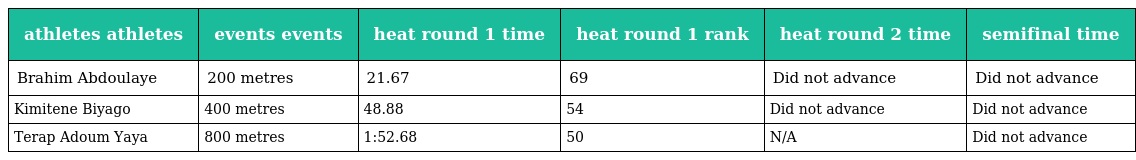
| athletes athletes | events events | heat round 1 time | heat round 1 rank | heat round 2 time | semifinal time |
 | --- | --- | --- | --- | --- | --- |
 | Brahim Abdoulaye | 200 metres | 21.67 | 69 | Did not advance | Did not advance |
 | Kimitene Biyago | 400 metres | 48.88 | 54 | Did not advance | Did not advance |
 | Terap Adoum Yaya | 800 metres | 1:52.68 | 50 | N/A | Did not advance |